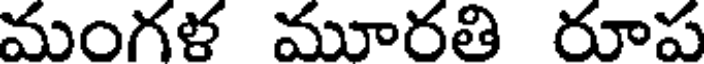
మంగళ మూరతి రూప